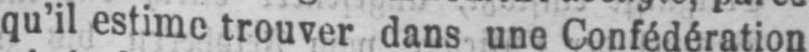
qu’il estime trouver dans une Confédération